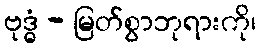
ဗုဒ္ဓံ - မြတ်စွာဘုရားကို၊